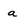
Character: a